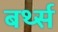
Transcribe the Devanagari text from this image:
बर्थ्स